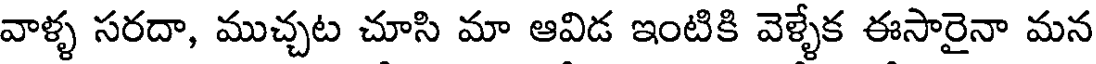
వాళ్ళ సరదా, ముచ్చట చూసి మా ఆవిడ ఇంటికి వెళ్ళేక ఈసారైనా మన